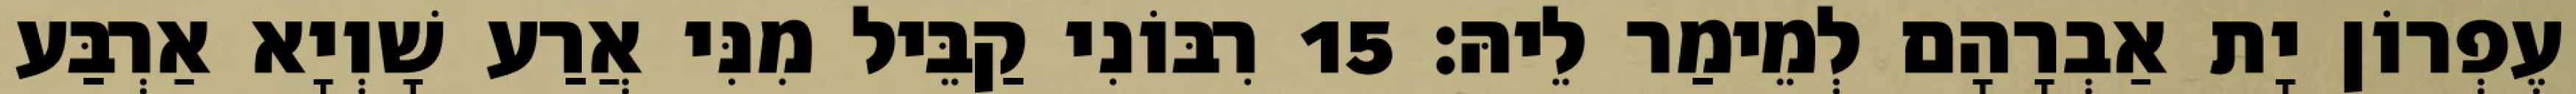
עֶפְרוֹן יָת אַבְרָהָם לְמֵימַר לֵיהּ׃ 15 רִבּוֹנִי קַבֵּיל מִנִּי אֲרַע שָׁוְיָא אַרְבַּע